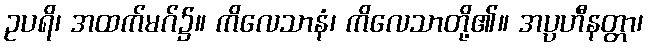
ဥပရိ၊ အထက်မဂ်၌။ ကိလေသာနံ၊ ကိလေသာတို့၏။ အပ္ပဟီနတ္တာ၊